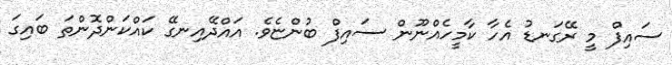
ސައިފް މީ ރޭގަނޑު އެހާ ކާމީހެއްނޫން ސައިފް ބުންޏެވެ. އައްދޭއިނގޭ ކައްކަންދޮންތަ ބައިގަ